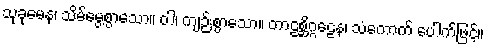
သုခုမေန၊ သိမ်မွေ့စွာသော။ ဝါ၊ ကျဉ်းစွာသော။ တာဠစ္ဆိဂ္ဂဠေန၊ သံကောက် ပေါက်ဖြင့်။